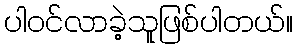
ပါ၀င်လာခဲ့သူဖြစ်ပါတယ်။